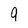
Character: 9